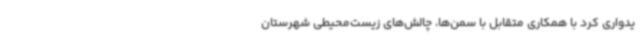
یدواری کرد با همکاری متقابل با سمن‌ها، چالش‌های زیست‌محیطی شهرستان